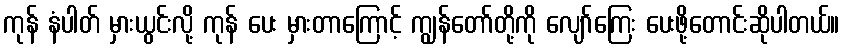
ကုန် နံပါတ် မှားယွင်းလို့ ကုန် ပေး မှားတာကြောင့် ကျွန်တော်တို့ကို လျော်ကြေး ပေးဖို့တောင်းဆိုပါတယ်။